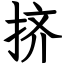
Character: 挤